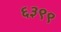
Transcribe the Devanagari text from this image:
६३९९